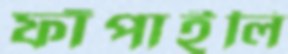
ফাঁপাইলি